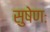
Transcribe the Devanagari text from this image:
सुषेणः